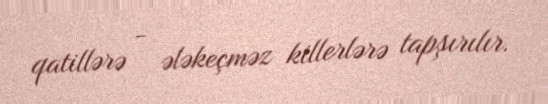
qatillərə - ələkeçməz killerlərə tapşırılır.